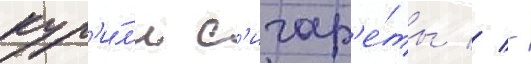
кур'и́л'и с'игар'е́ты // -